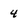
Character: 4